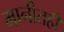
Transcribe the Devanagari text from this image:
मानीतही